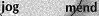
jog mend